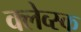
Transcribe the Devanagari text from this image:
क्लेव्स्क